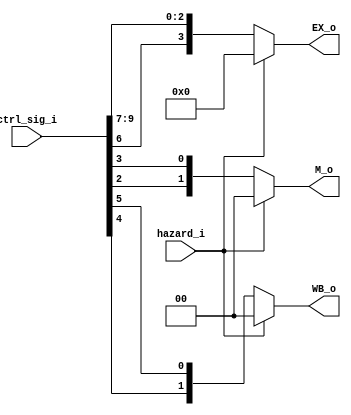
module MUX_Control(
    hazard_i,
    ctrl_sig_i,
    WB_o,
    M_o,
    EX_o       
);

input               hazard_i;
input   [9:0]       ctrl_sig_i;
reg                 RegDst, ALUSrc, MemtoReg, RegWrite, MemWrite, MemRead;
reg     [1:0]       ALUOp;

output  [1:0]       WB_o, M_o;
output  [3:0]       EX_o;

reg     [1:0]       WB_o, M_o;
reg     [3:0]       EX_o;

always @(hazard_i or ctrl_sig_i) begin
    if(hazard_i) begin
        WB_o <= 2'b00;
        M_o <= 2'b00;
        EX_o <= 4'b00;
    end
    else begin
        ALUOp = ctrl_sig_i[9:8];
        RegDst = ctrl_sig_i[7];
        ALUSrc = ctrl_sig_i[6];
        MemtoReg = ctrl_sig_i[5];
        RegWrite = ctrl_sig_i[4];
        MemWrite = ctrl_sig_i[3];
        MemRead = ctrl_sig_i[2];
        WB_o <= {RegWrite, MemtoReg};
        M_o <= {MemRead, MemWrite};
        EX_o <= {ALUSrc, ALUOp[1:0], RegDst};
    end
end

endmodule